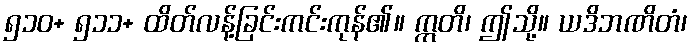
၅၁၀+ ၅၁၁+ ထိတ်လန့်ခြင်းကင်းကုန်၏။ ဣတိ၊ ဤသို့။ ယဒိဘဏိတံ၊